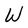
Character: W